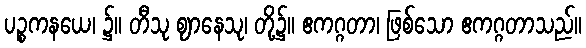
ပဉ္စကနယေ၊ ၌။ တီသု ဈာနေသု၊ တို့၌။ ဧကဂ္ဂတာ၊ ဖြစ်သော ဧကဂ္ဂတာသည်။